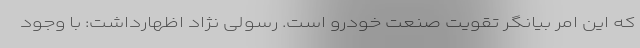
كه اين امر بيانگر تقويت صنعت خودرو است. رسولی نژاد اظهارداشت: با وجود